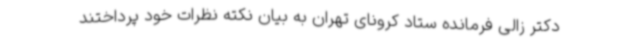
دکتر زالی فرمانده ستاد کرونای تهران به بیان نکته نظرات خود پرداختند